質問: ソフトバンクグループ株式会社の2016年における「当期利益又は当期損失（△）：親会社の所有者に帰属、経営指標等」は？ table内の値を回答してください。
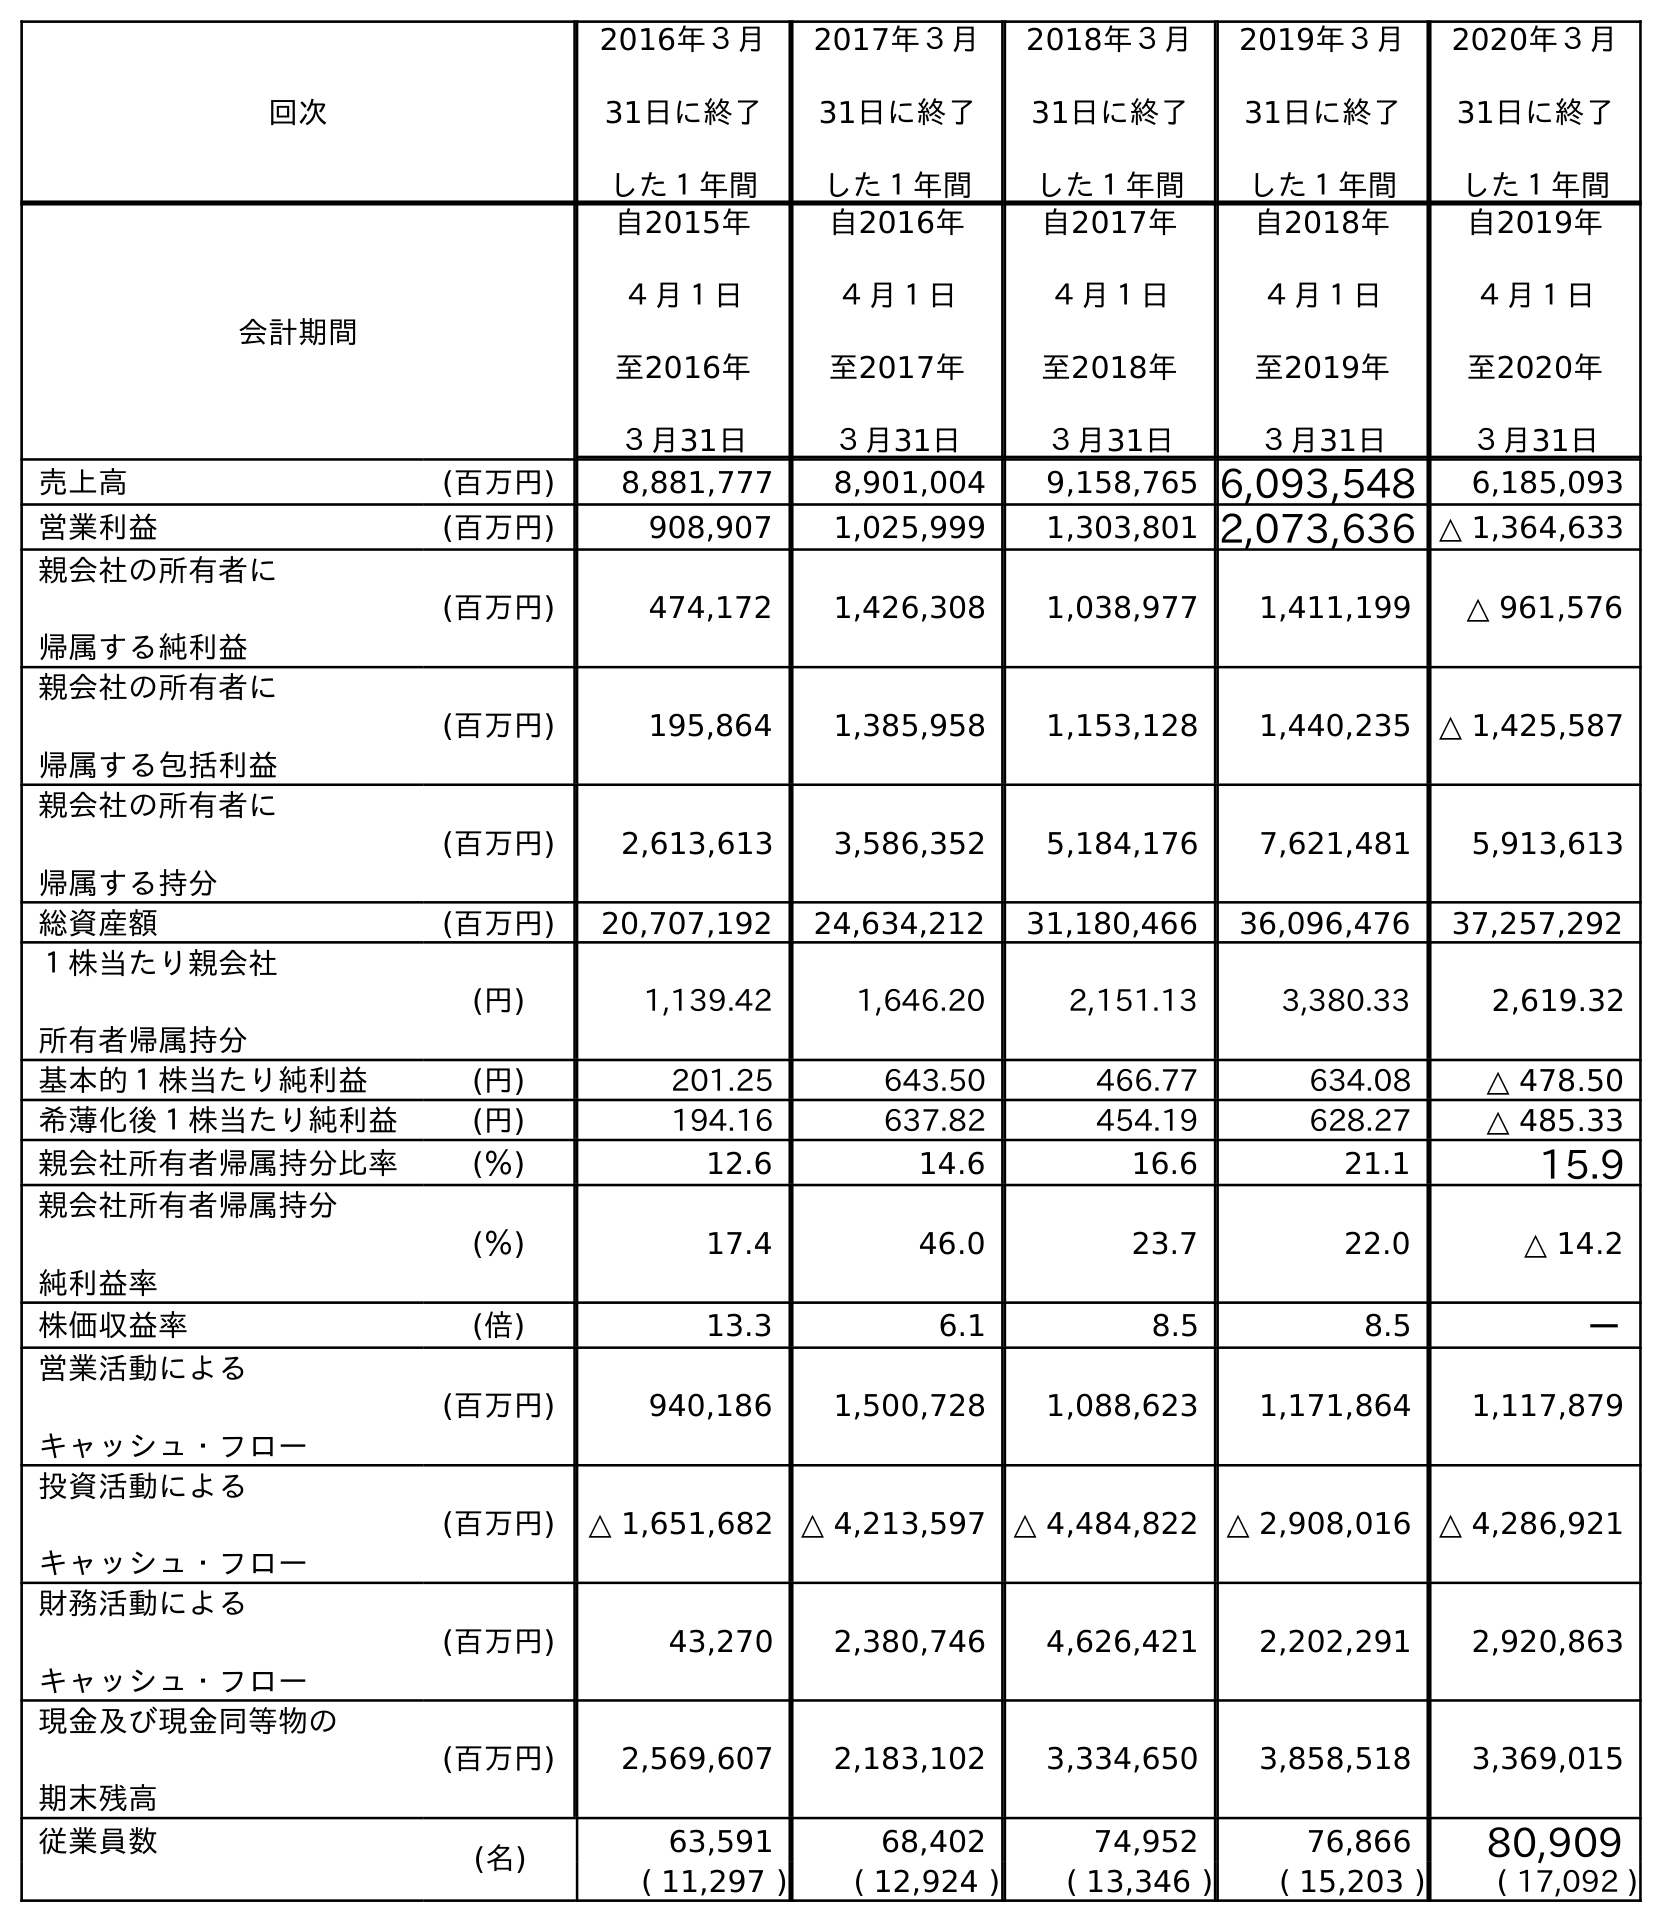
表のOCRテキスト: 回次 2016年３月 31日に終了 した１年間 2017年３月 31日に終了 した１年間 2018年３月 31日に終了 した１年間 2019年３月 31日に終了 した１年間 2020年３月 31日に終了 した１年間 会計期間 自2015年 ４月１日 至2016年 ３月31日 自2016年 ４月１日 至2017年 ３月31日 自2017年 ４月１日 至2018年 ３月31日 自2018年 ４月１日 至2019年 ３月31日 自2019年 ４月１日 至2020年 ３月31日 売上高 (百万円) 8,881,777 8,901,004 9,158,765 6,093,548 6,185,093 営業利益 (百万円) 908,907 1,025,999 1,303,801 2,073,636 △ 1,364,633 親会社の所有者に 帰属する純利益 (百万円) 474,172 1,426,308 1,038,977 1,411,199 △ 961,576 親会社の所有者に 帰属する包括利益 (百万円) 195,864 1,385,958 1,153,128 1,440,235 △ 1,425,587 親会社の所有者に 帰属する持分 (百万円) 2,613,613 3,586,352 5,184,176 7,621,481 5,913,613 総資産額 (百万円) 20,707,192 24,634,212 31,180,466 36,096,476 37,257,292 １株当たり親会社 所有者帰属持分 (円) 1,139.42 1,646.20 2,151.13 3,380.33 2,619.32 基本的１株当たり純利益 (円) 201.25 643.50 466.77 634.08 △ 478.50 希薄化後１株当たり純利益 (円) 194.16 637.82 454.19 628.27 △ 485.33 親会社所有者帰属持分比率 (％) 12.6 14.6 16.6 21.1 15.9 親会社所有者帰属持分 純利益率 (％) 17.4 46.0 23.7 22.0 △ 14.2 株価収益率 (倍) 13.3 6.1 8.5 8.5 － 営業活動による キャッシュ・フロー (百万円) 940,186 1,500,728 1,088,623 1,171,864 1,117,879 投資活動による キャッシュ・フロー (百万円) △ 1,651,682 △ 4,213,597 △ 4,484,822 △ 2,908,016 △ 4,286,921 財務活動による キャッシュ・フロー (百万円) 43,270 2,380,746 4,626,421 2,202,291 2,920,863 現金及び現金同等物の 期末残高 (百万円) 2,569,607 2,183,102 3,334,650 3,858,518 3,369,015 従業員数 (名) 63,591 68,402 74,952 76,866 80,909 ( 11,297 ) ( 12,924 ) ( 13,346 ) ( 15,203 ) ( 17,092 )
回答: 474,172